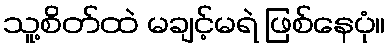
သူ့စိတ်ထဲ မချင့်မရဲ ဖြစ်နေပုံ။